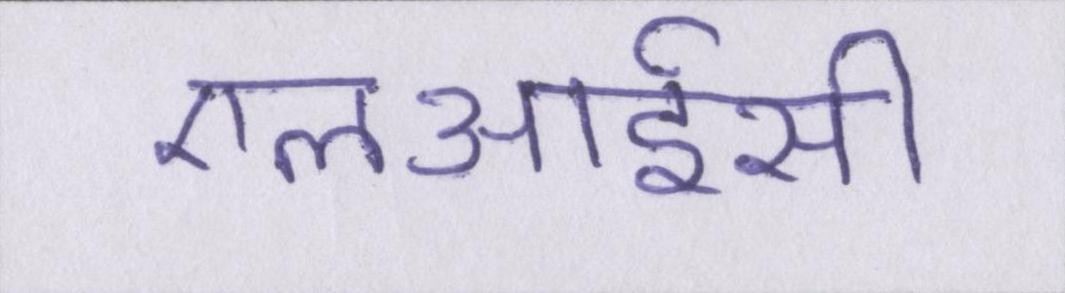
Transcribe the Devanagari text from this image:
एलआईसी